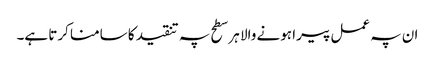
ان پہ عمل پیرا ہونے والا ہر سطح پہ تنقید کا سامنا کرتا ہے۔